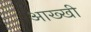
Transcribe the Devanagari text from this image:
आख्खी